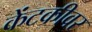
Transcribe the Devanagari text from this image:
केंटकीवर